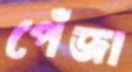
পেঁজা